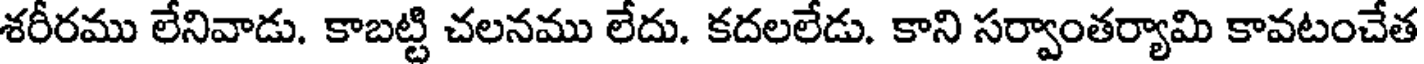
శరీరము లేనివాడు. కాబట్టి చలనము లేదు. కదలలేడు. కాని సర్వాంతర్యామి కావటంచేత